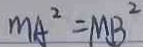
M A ^ { 2 } = M B ^ { 2 }